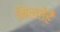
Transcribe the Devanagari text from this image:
मिलतेहैं